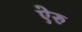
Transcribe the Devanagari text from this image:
ऐरु